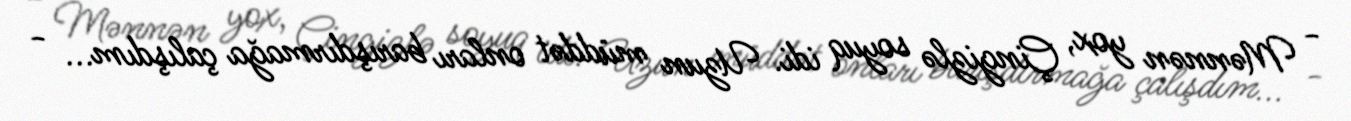
- Mənnən yox, Çingizlə soyuq idi. Uzun müddət onları barışdırmağa çalışdım... -